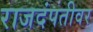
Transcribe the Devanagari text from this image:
राजदंपतीवर